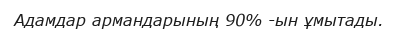
Адамдар армандарының 90% -ын ұмытады.